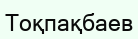
Тоқпақбаев